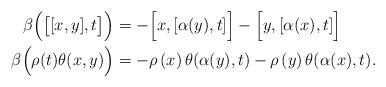
LaTeX: \begin{align*}\beta\Big(\big[[x,y],t\big] \Big)&=-\Big[x, [\alpha(y),t] \Big] -\Big[y, [\alpha(x),t] \Big]\\\beta\Big(\rho(t)\theta(x,y) \Big)&=-\rho\left( x\right) \theta (\alpha(y),t)-\rho\left( y\right) \theta (\alpha(x),t). \end{align*}